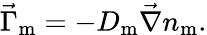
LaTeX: \vec{\Gamma}_{\mathrm{m}}=-D_{\mathrm{m}}\vec{\nabla}n_{\mathrm{m}}.